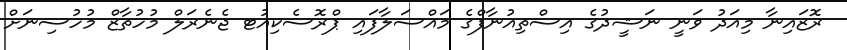
ރޮޒައިނާ މިއަދު ވަނީ ނަޝީދުގެ އިސްތިއުނާފްގެ މައްސަލާފައި ޕްރޮސެކިއުޓ ޖެނެރަލް މުހުތާޒް މުހުސިނަށް